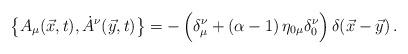
LaTeX: \begin{align*}\bigl\{A_\mu(\vec x,t),\dot A^\nu(\vec y,t)\bigr\}=-\,\Bigl(\delta_\mu^\nu+(\alpha-1)\,\eta_{0\mu}\delta_0^\nu\Bigr)\,\delta(\vec x-\vec y)\,.\end{align*}